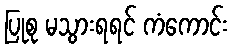
ပြုစု မသွားရရင် ကံကောင်း